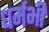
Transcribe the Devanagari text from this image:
धर्मभी